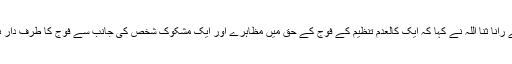
نجی ٹی وی سے گفتگو کرتے ہوئے رانا ثنا اللہ نے کہا کہ ایک کالعدم تنظیم کے فوج کے حق میں مظاہرے اور ایک مشکوک شخص کی جانب سے فوج کا طرف دار بن جانا فوج کے ساتھ ہمدردی نہیں۔